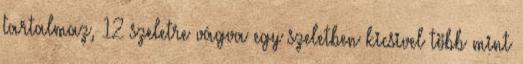
tartalmaz, 12 szeletre vágva egy szeletben kicsivel több mint